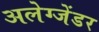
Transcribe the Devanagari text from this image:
अलेग्जेंडर